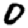
Digit: 0